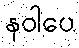
နဝါပေ